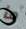
ما